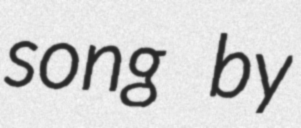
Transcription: song by